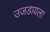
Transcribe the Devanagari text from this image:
उजडायला